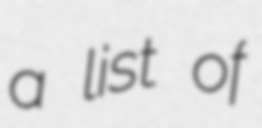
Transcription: a list of